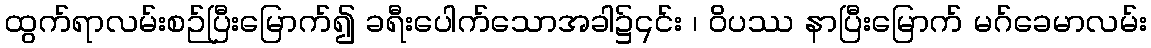
ထွက်ရာလမ်းစဉ်ပြီးမြောက်၍ ခရီးပေါက်သောအခါ၌၎င်း ၊ ဝိပဿ နာပြီးမြောက် မဂ်ခေမာလမ်း